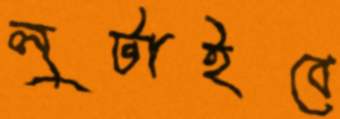
লুটাইবে